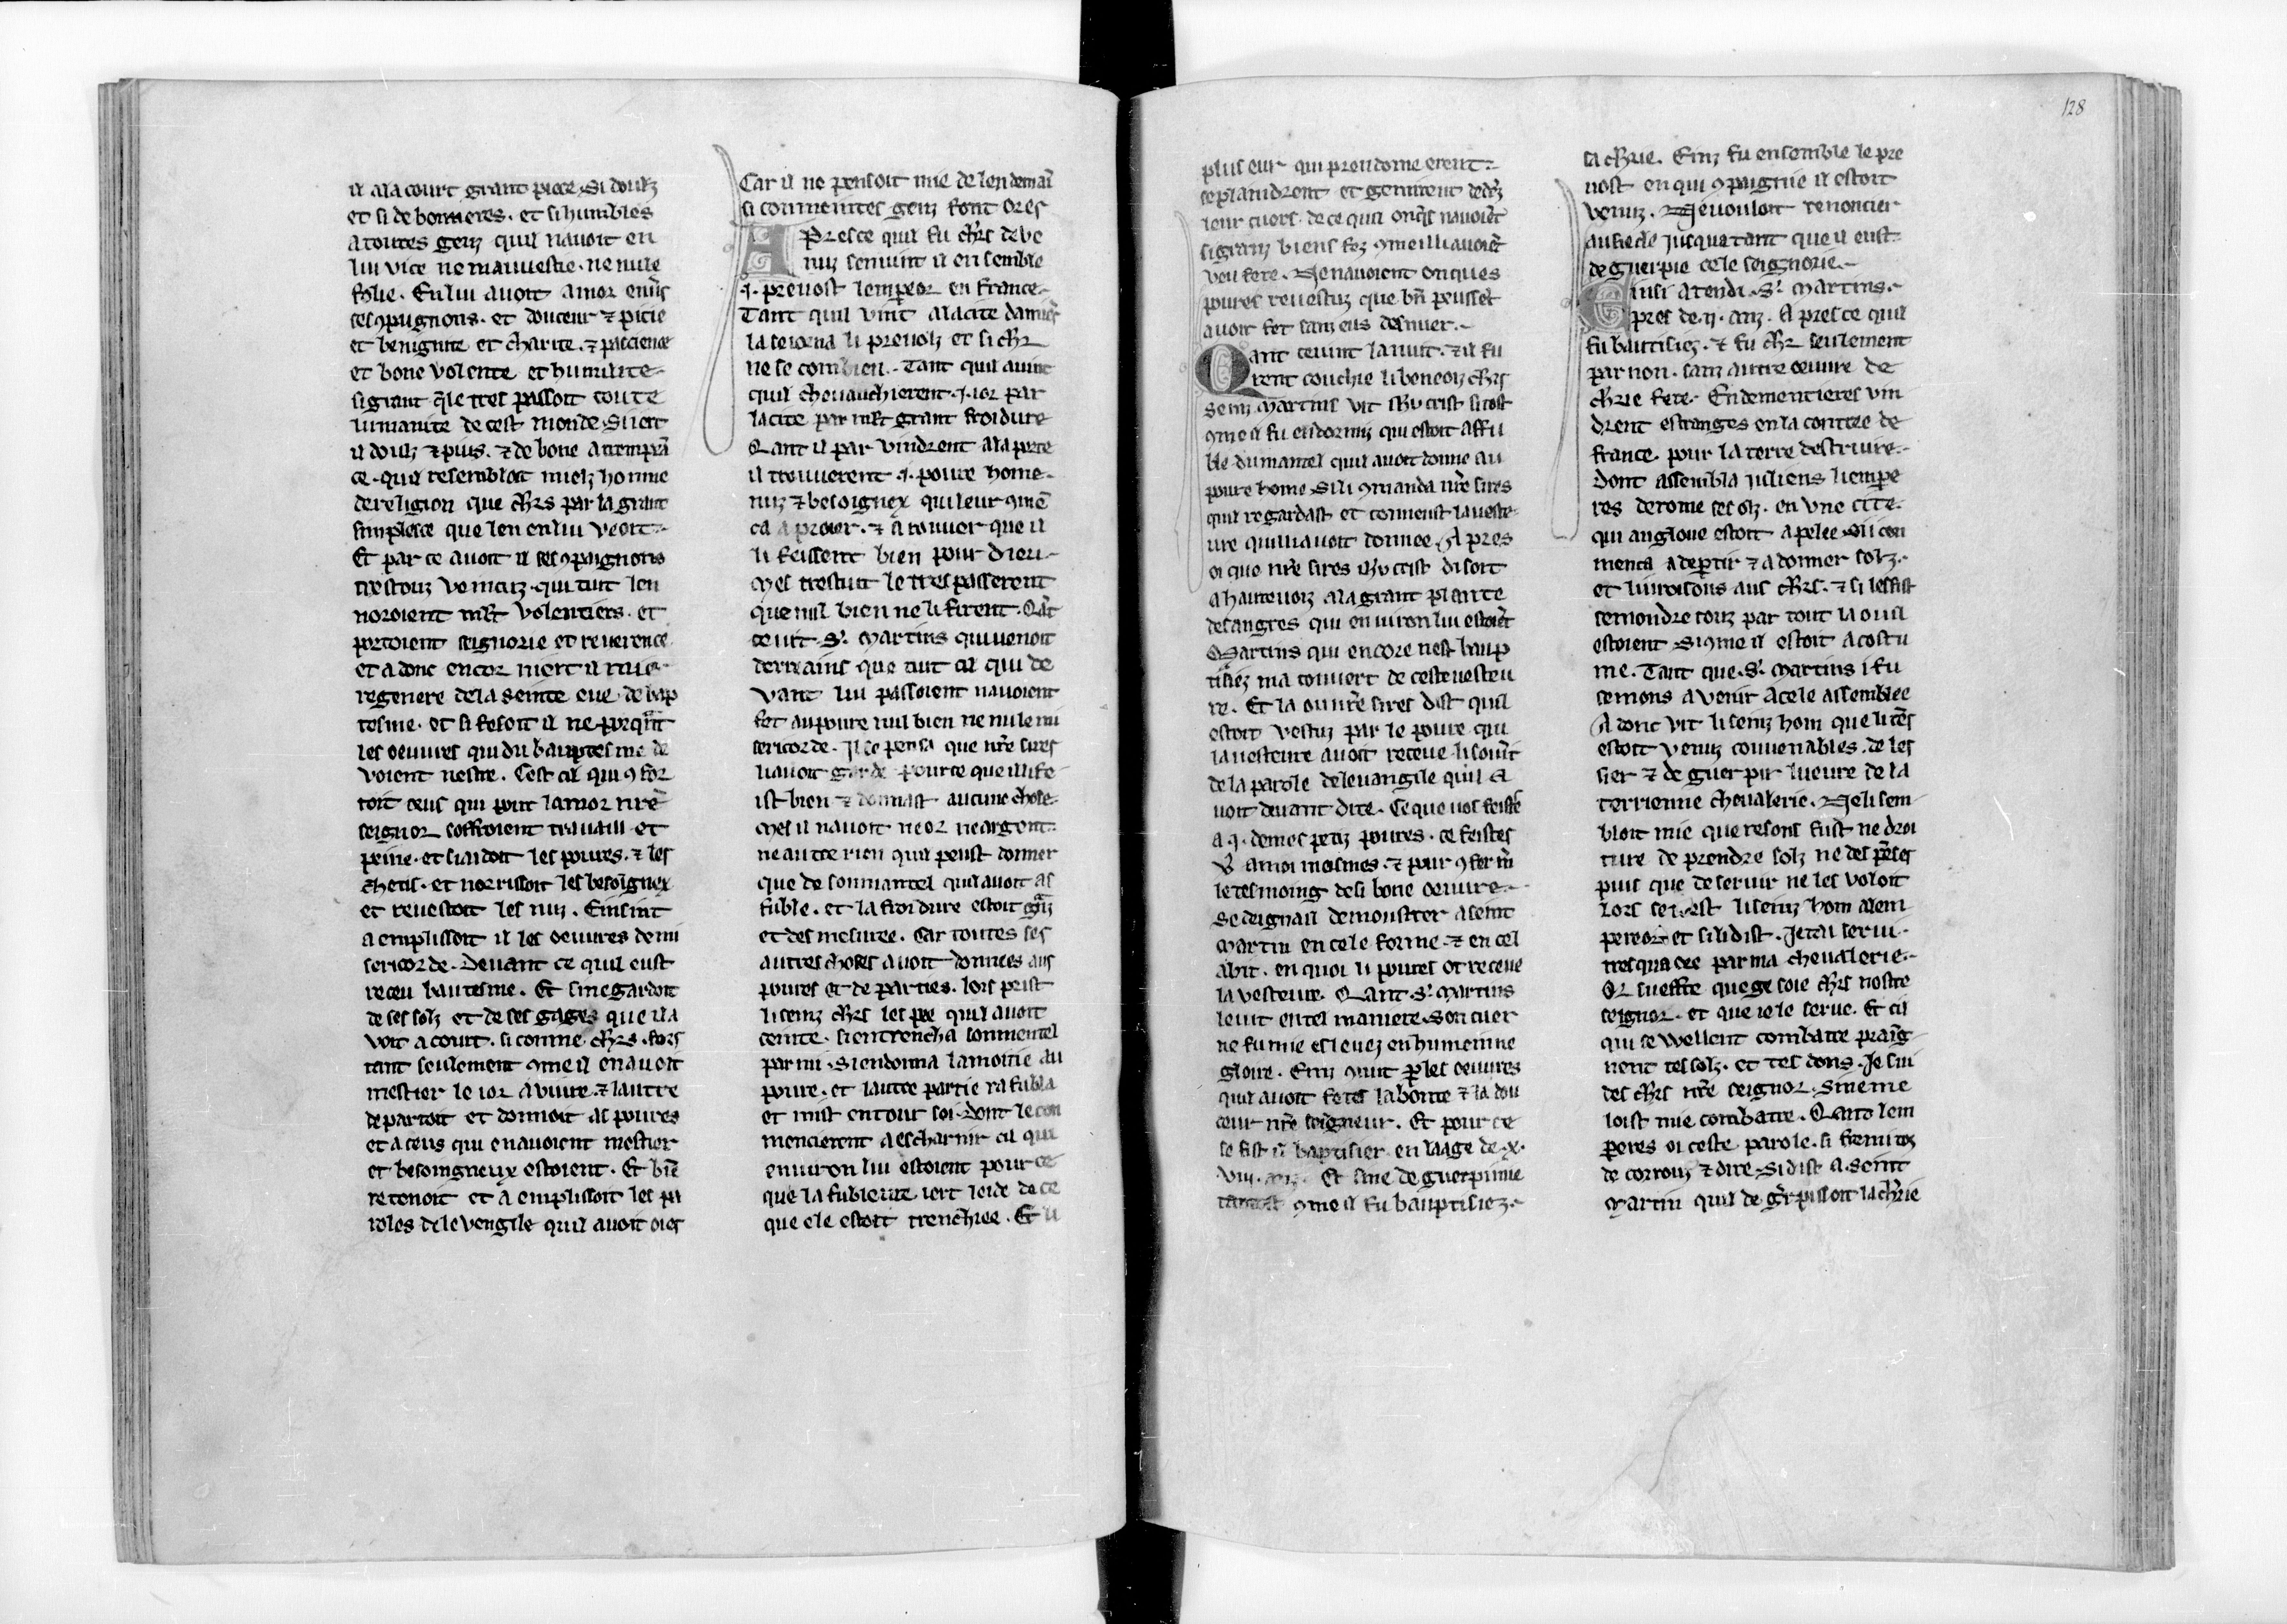
Shelfmark: Paris, BnF, fr. 17229
Century: 13